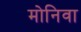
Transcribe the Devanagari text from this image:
मोनिवा